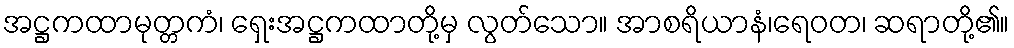
အဋ္ဌကထာမုတ္တကံ၊ ရှေးအဋ္ဌကထာတို့မှ လွတ်သော။ အာစရိယာနံ၊ရေဝတ၊ ဆရာတို့၏။